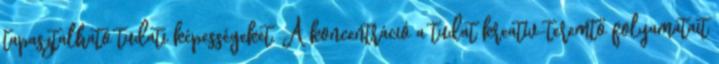
tapasztalható tudati képességeket. A koncentráció a tudat kreatív-teremtő folyamatait